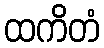
ထကိတံ